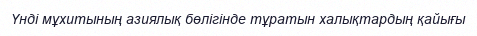
Үнді мұхитының азиялық бөлігінде тұратын халықтардың қайығы